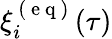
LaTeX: \xi_{i}^{\mathrm{~(~e~q~)~}}(\tau)